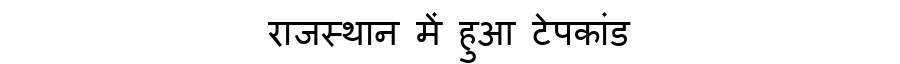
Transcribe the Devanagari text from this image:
राजस्थान में हुआ टेपकांड